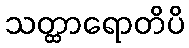
သတ္ထာရောတိပိ